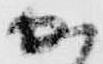
か